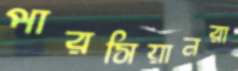
পারসিয়ানরা